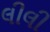
લીલી